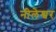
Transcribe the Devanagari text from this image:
नीलेश्बर